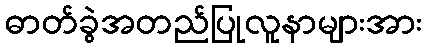
ဓာတ်ခွဲအတည်ပြုလူနာများအား